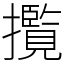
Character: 𭣄